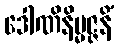
ဒေါဏိနိမ္မဇ္ဇနိံ